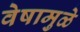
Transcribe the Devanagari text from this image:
वेषामुळे